Vaccination in Bombay 1913-1923 - 1913-1923
Year: 1913
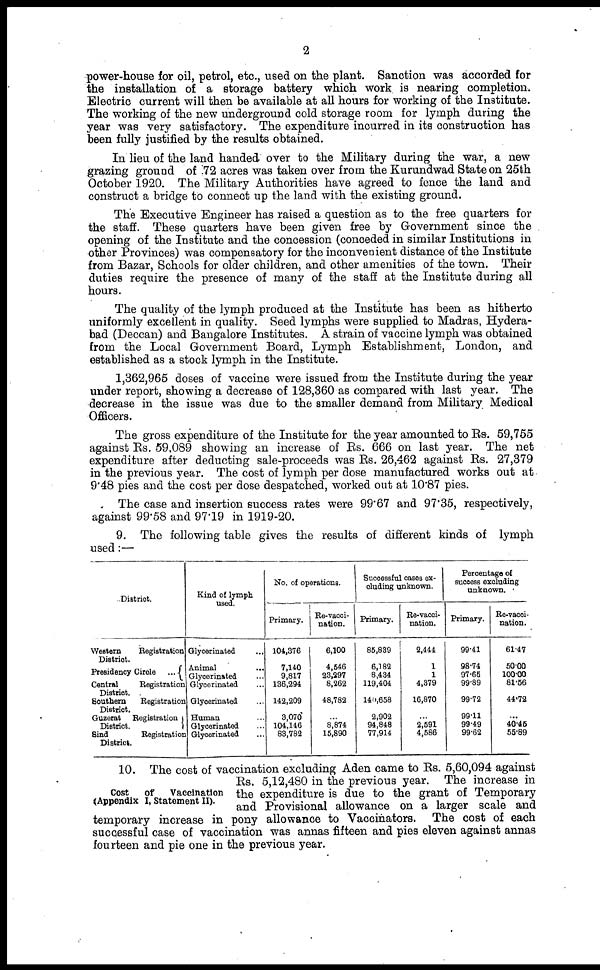
2
power-house for oil, petrol, etc., used on the plant. Sanction was accorded for
the installation of a storage battery which work is nearing completion.
Electric current will then be available at all hours for working of the Institute.
The working of the new underground cold storage room for lymph during the
year was very satisfactory. The expenditure incurred in its construction has
been fully justified by the results obtained.
In lieu of the land handed over to the Military during the war, a new
grazing ground of 72 acres was taken over from the Kurundwad State on 25th
October 1920. The Military Authorities have agreed to fence the land and
construct a bridge to connect up the land with the existing ground.
The Executive Engineer has raised a question as to the free quarters for
the staff. These quarters have been given free by Government since the
opening of the Institute and the concession (conceded in similar Institutions in
other Provinces) was compensatory for the inconvenient distance of the Institute
from Bazar, Schools for older children, and other amenities of the town. Their
duties require the presence of many of the staff at the Institute during all
hours.
The quality of the lymph produced at the Institute has been as hitherto
uniformly excellent in quality. Seed lymphs were supplied to Madras, Hydera-
bad (Deccan) and Bangalore Institutes. A strain of vaccine lymph was obtained
from the Local Government Board, Lymph Establishment, London, and
established as a stock lymph in the Institute.
1,362,965 doses of vaccine were issued from the Institute during the year
under report, showing a decrease of 128,360 as compared with last year. The
decrease in the issue was due to the smaller demand from Military Medical
Officers.
The gross expenditure of the Institute for the year amounted to Rs. 59,755
against Rs. 59,089 showing an increase of Rs. 666 on last year. The net
expenditure after deducting sale-proceeds was Rs. 26,462 against Rs. 27,379
in the previous year. The cost of lymph per dose manufactured works out at
9.48 pies and the cost per dose despatched, worked out at 10.87 pies.
The case and insertion success rates were 99.67 and 97.35, respectively,
against 99.58 and 97.19 in 1919-20.
9. The following table gives the results of different kinds of lymph
used:—
District.
Western
Registration
District.
Presidency Circle
...
Central
Registration
District.
Southern
Registration
District.
Guzerat
Registration
District.
Sind
Registration
District.
Kind of lymph
used.
Glycerinated ...
Animal ...
Glycerinated ...
Glycerinated ...
Glycerinated ...
Human ...
Glycerinated ...
Glycerinated ...
No. of operations.
Primary.
104,376
7,140
9,817
136,294
142,209
3,070
104,146
83,782
Re-vacci-
nation.
6,100
4,546
23,297
8,262
48,782
...
8,874
15,890
Successful cases ex-
cluding unknown.
Primary.
85,839
6,182
8,434
119,404
140,658
2,902
94,848
77,914
Re-vacci-
nation.
2,444
1
1
4,379
16,870
...
2,591
4,586
Percentage of
success excluding
unknown.
Primary.
99.41
98.74
97.65
99.89
99.72
99.11
99.49
99.62
Re-vacci-
nation.
61.47
50.00
100.00
81.56
44.72
...
40.45
55.89
Cost
of
Vaccination
(Appendix I, Statement II).
10. The cost of vaccination excluding Aden came to Rs. 5,60,094 against
Rs. 5,12,480 in the previous year. The increase in
the expenditure is due to the grant of Temporary
and Provisional allowance on a larger scale and
temporary increase in pony allowance to Vaccinators. The cost of each
successful case of vaccination was annas fifteen and pies eleven against annas
fourteen and pie one in the previous year.